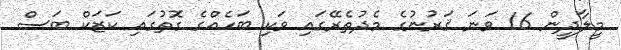
މީލާދީން 16 ވަނަ ޤަރުނުގެ މެދުތެރޭގައި ވަކި ބަހެއްގެ ގޮތުގައި ކަޒަކް ބަސް